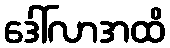
ဒေါ်လာအထိ